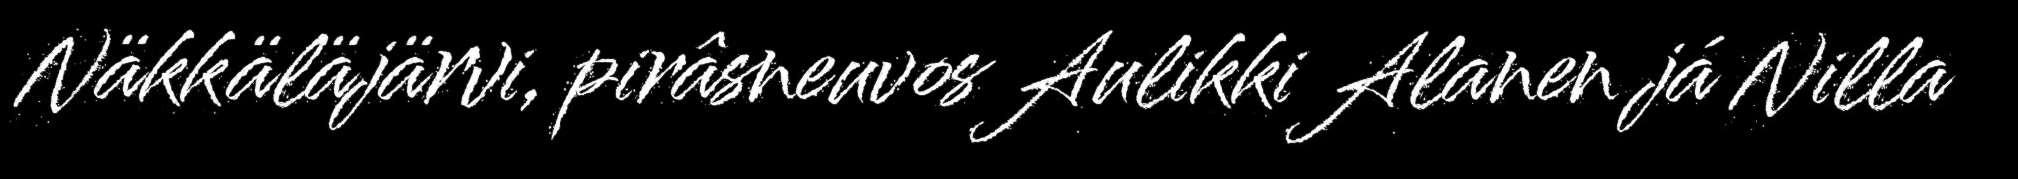
Näkkäläjärvi, pirâsneuvos Aulikki Alanen já Nilla